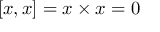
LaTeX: [ x , x ] = x \times x = 0